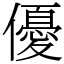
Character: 優